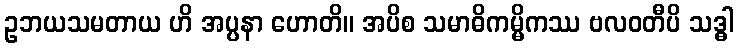
ဥဘယသမတာယ ဟိ အပ္ပနာ ဟောတိ။ အပိစ သမာဓိကမ္မိကဿ ဗလဝတီပိ သဒ္ဓါ